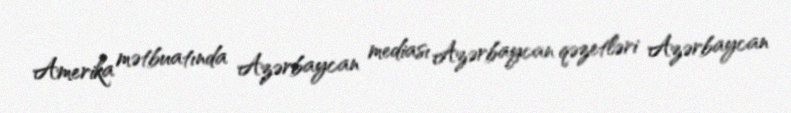
Amerika mətbuatında Azərbaycan mediası Azərbaycan qəzetləri Azərbaycan